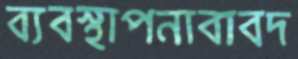
ব্যবস্থাপনাবাবদ